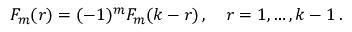
F _ { m } ( r ) = ( - 1 ) ^ { m } F _ { m } ( k - r ) \, , \quad r = 1 , \ldots , k - 1 \, .